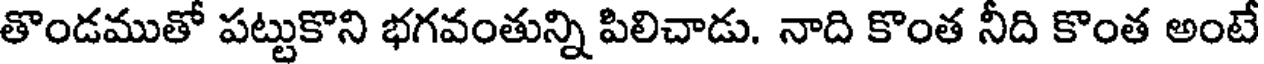
తొండముతో పట్టుకొని భగవంతున్ని పిలిచాడు. నాది కొంత నీది కొంత అంటే